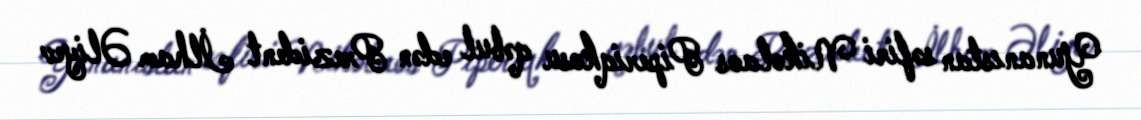
Yunanıstan səfiri Nikolaos Piperiqkosu qəbul edən Prezident İlham Əliyev